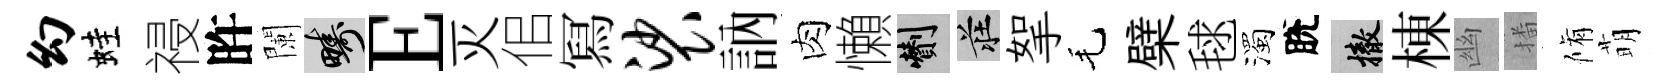
幻蛙祲旿闌疇E灭佀冩裟訥肉懶剪莊挐毛檗毬濁脫撤棟幽播脩萌